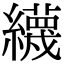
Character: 䌩